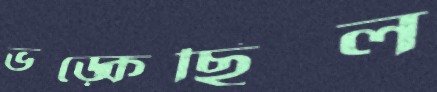
ভড়্‌কেছিল